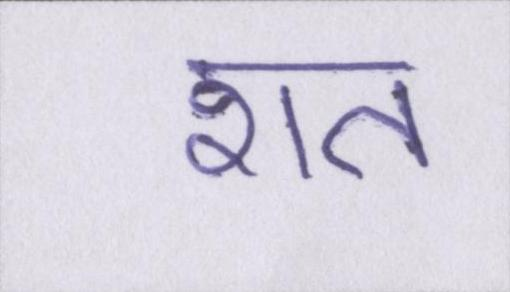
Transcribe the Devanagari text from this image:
शत